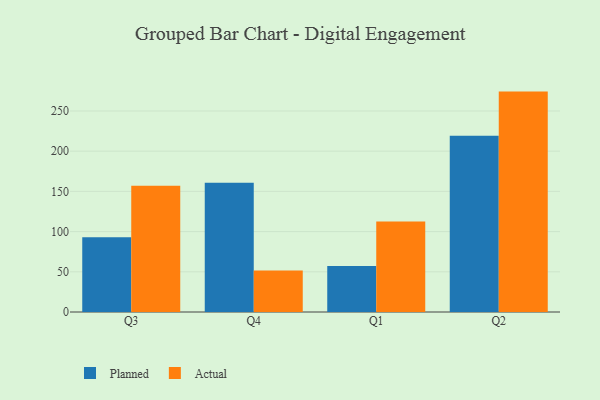
{"axis": {"x": "Quarter", "y": "LTV (USD)"}, "legend": ["Actual", "Planned"], "data": [{"x": "Q3", "y": 92.9, "type": "Planned"}, {"x": "Q3", "y": 157.0, "type": "Actual"}, {"x": "Q4", "y": 160.6, "type": "Planned"}, {"x": "Q4", "y": 51.6, "type": "Actual"}, {"x": "Q1", "y": 57.1, "type": "Planned"}, {"x": "Q1", "y": 112.7, "type": "Actual"}, {"x": "Q2", "y": 219.1, "type": "Planned"}, {"x": "Q2", "y": 274.1, "type": "Actual"}]}